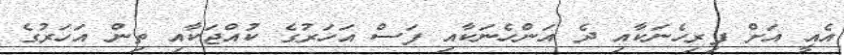
އެއީ އަށް ފިރިހެނަކާއި ދެ އަންހެނަކާއި ފަސް އަހަރުގެ ކުއްޖަކާއި ތިން އަހަރުގެ